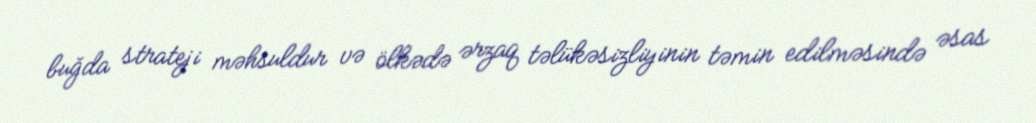
buğda strateji məhsuldur və ölkədə ərzaq təlükəsizliyinin təmin edilməsində əsas